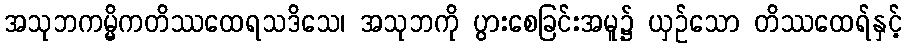
အသုဘကမ္မိကတိဿထေရသဒိသေ၊ အသုဘကို ပွားစေခြင်းအမူ၌ ယှဉ်သော တိဿထေရ်နှင့်